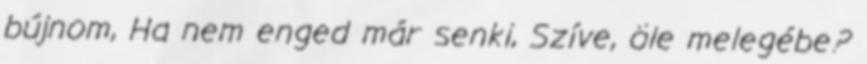
bújnom, Ha nem enged már senki, Szíve, öle melegébe?